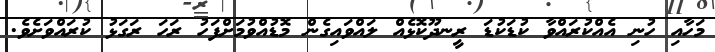
މަހާއި ހުނި އެއްކުރައްވާ ކުޑަކުޑަ ރީނދޫކޮޅެއް ލައްވައިގެން މޮޑުއްވުމަށްފަހު ރަހަ ރަގަޅު ކުރައްވަށެވެ.